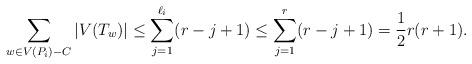
LaTeX: \begin{align*} \sum_{w\in V(P_i)-C} |V(T_w)| \leq \sum_{j=1}^{\ell_i} (r-j+1) \leq \sum_{j=1}^r (r-j+1) = \frac{1}{2}r(r+1). \end{align*}